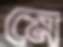
মে